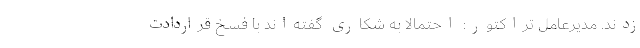
زدند. مدیرعامل تراکتور: احتمالاً به شکاری گفته‌اند با فسخ قراردادت